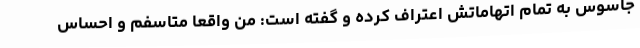
جاسوس به تمام اتهاماتش اعتراف کرده و گفته است: من واقعا متاسفم و احساس